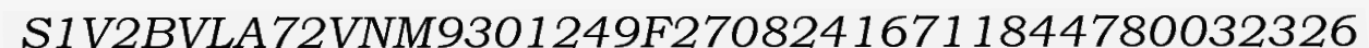
S1V2BVLA72VNM9301249F27082416711844780032326